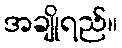
အချိုရည်။